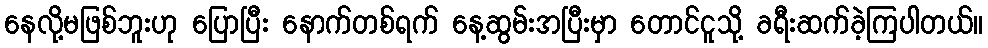
နေလို့မဖြစ်ဘူးဟု ပြောပြီး နောက်တစ်ရက် နေ့ဆွမ်းအပြီးမှာ တောင်ငူသို့ ခရီးဆက်ခဲ့ကြပါတယ်။